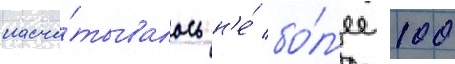
насчи́тывалось н'е́ бо́л'ее 100